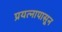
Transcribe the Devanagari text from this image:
प्रयत्‍नापासून